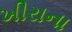
ખીરાના